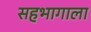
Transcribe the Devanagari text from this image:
सहभागाला